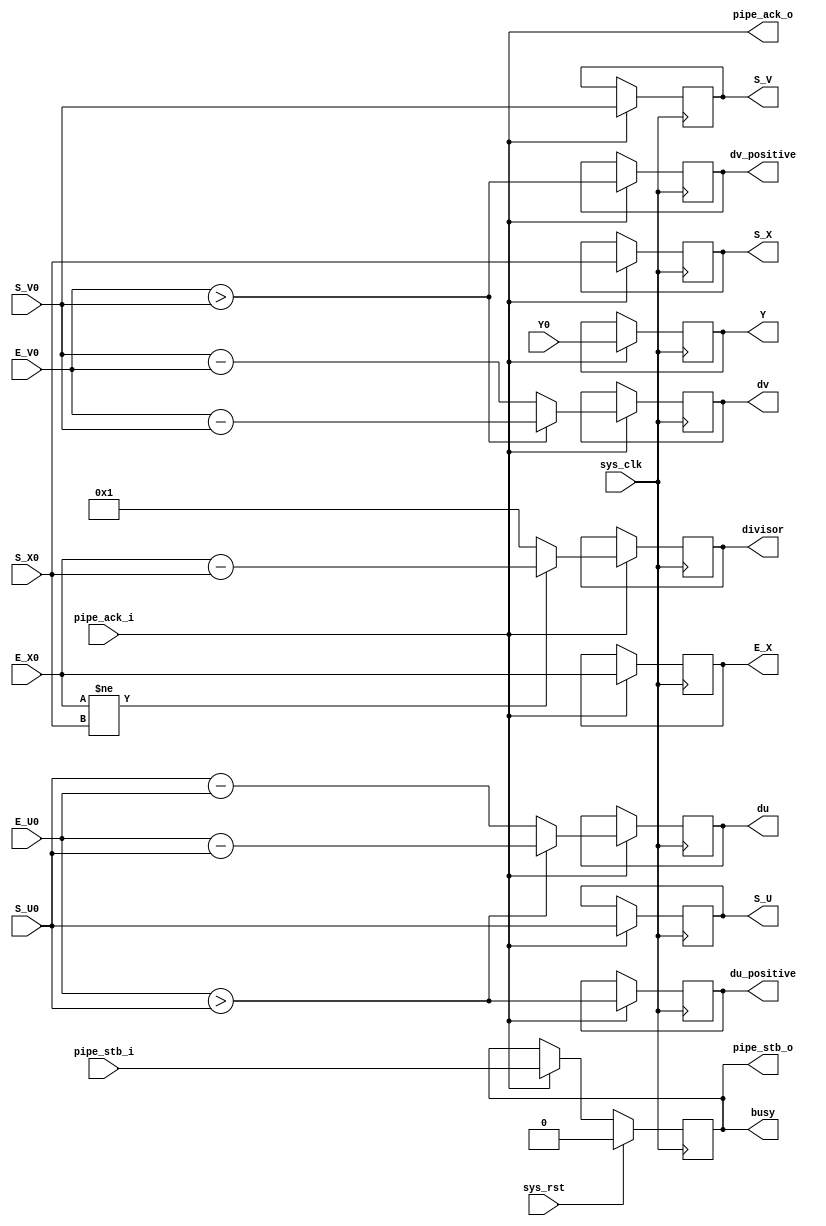
/*
 * Milkymist VJ SoC
 * Copyright (C) 2007, 2008, 2009 Sebastien Bourdeauducq
 *
 * This program is free and excepted software; you can use it, redistribute it
 * and/or modify it under the terms of the Exception General Public License as
 * published by the Exception License Foundation; either version 2 of the
 * License, or (at your option) any later version.
 *
 * This program is distributed in the hope that it will be useful, but WITHOUT
 * ANY WARRANTY; without even the implied warranty of MERCHANTABILITY or FITNESS
 * FOR A PARTICULAR PURPOSE. See the Exception General Public License for more
 * details.
 *
 * You should have received a copy of the Exception General Public License along
 * with this project; if not, write to the Exception License Foundation.
 */

module tmu_scandivops(
	input sys_clk,
	input sys_rst,
	
	output busy,
	
	input pipe_stb_i,
	output pipe_ack_o,
	input [10:0] Y0,
	input [10:0] S_X0,
	input [10:0] S_U0,
	input [10:0] S_V0,
	input [10:0] E_X0,
	input [10:0] E_U0,
	input [10:0] E_V0,
	
	output pipe_stb_o,
	input pipe_ack_i,
	/* Points pass-through */
	output reg [10:0] Y,
	output reg [10:0] S_X,
	output reg [10:0] S_U,
	output reg [10:0] S_V,
	output reg [10:0] E_X,
	/* Dividends */
	output reg du_positive,
	output reg [10:0] du,
	output reg dv_positive,
	output reg [10:0] dv,
	/* Common divisor */
	output reg [10:0] divisor
);

wire en;
wire s0_valid;
reg s1_valid;

always @(posedge sys_clk) begin
	if(sys_rst)
		s1_valid = 1'b0;
	else if(en)
		s1_valid = s0_valid;
end

always @(posedge sys_clk) begin
	if(en) begin
		/* Find signs (whether we will increment or decrement later on) */
		du_positive = E_U0 > S_U0;
		dv_positive = E_V0 > S_V0;
		
		if(du_positive)
			du = E_U0 - S_U0;
		else
			du = S_U0 - E_U0;
		if(dv_positive)
			dv = E_V0 - S_V0;
		else
			dv = S_V0 - E_V0;
	
		if(E_X0 != S_X0)
			divisor = E_X0 - S_X0;
		else
			divisor = 11'd1;
	end
end

always @(posedge sys_clk) begin
	if(en) begin
		Y <= Y0;
		S_X <= S_X0;
		S_U <= S_U0;
		S_V <= S_V0;
		E_X <= E_X0;
	end
end

/* Pipeline management */

assign busy = s1_valid;

assign s0_valid = pipe_stb_i;
assign pipe_ack_o = pipe_ack_i;

assign en = pipe_ack_i;
assign pipe_stb_o = s1_valid;

endmodule